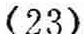
\((23)\)